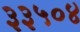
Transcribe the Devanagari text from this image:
३३५०४